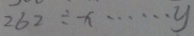
2 6 2 \div x \cdots y